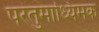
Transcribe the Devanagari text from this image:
परंतुमाध्यिमक